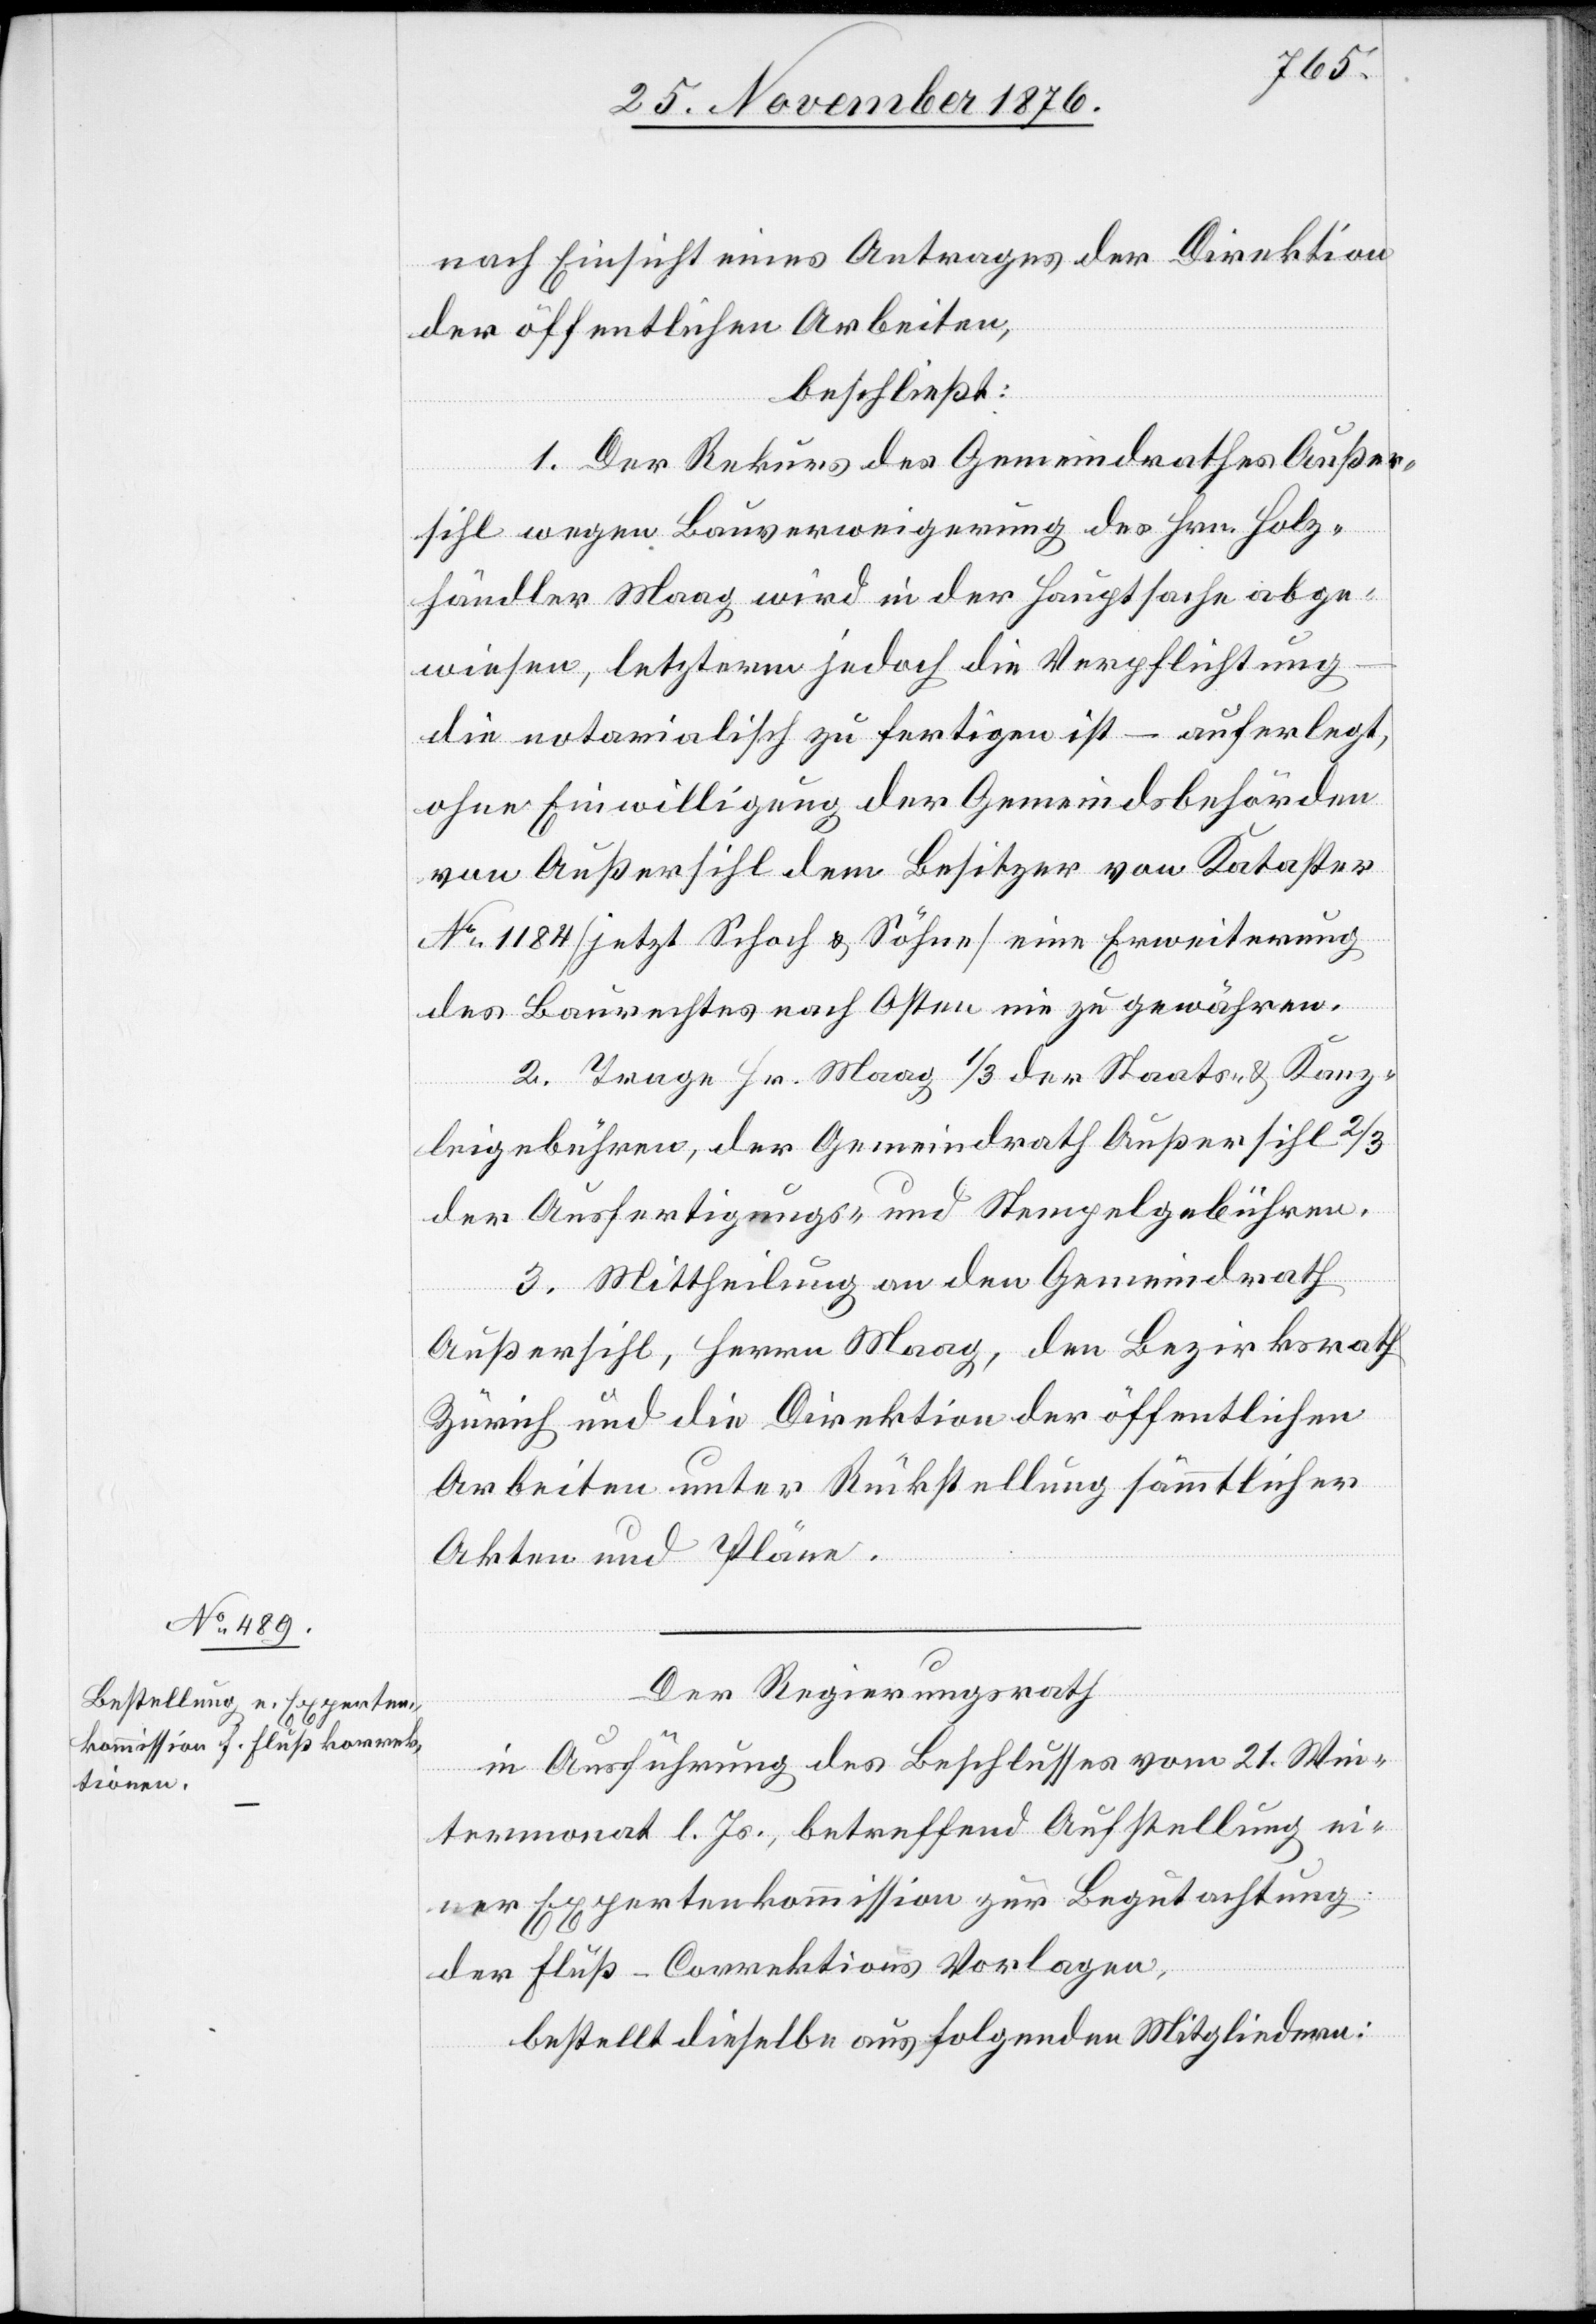
nach Einsicht eines Antrages der Direktion
der öffentlichen Arbeiten,
beschließt:
1. Der Rekurs des Gemeindrathes Außer¬
sihl wegen Bauverweigerung des Hrn. Holz¬
händler Maag wird in der Hauptsache abge¬
wiesen, letzterm jedoch die Verpflichtung
die notarialisch zu fertigen ist – auferlegt,
ohne Einwilligung der Gemeindsbehörden
von Außersihl dem Besitzer von Kataster
No 1184 [jetzt Schoch & Söhne] eine Erweiterung
des Baurechtes nach Osten nie zu gewähren.
2. Trage Hr. Maag 1/3 der Staats- & Kanz¬
leigebühren, der Gemeindrath Außersihl 2/3
der Ausfertigungs- und Stempelgebühren.
3. Mittheilung an den Gemeindrath
Außersihl, Herrn Maag, den Bezirksrath
Zürich und die Direktion der öffentlichen
Arbeiten unter Rückstellung sämmtlicher
Akten und Pläne.
Der Regierungsrath
in Ausführung des Beschlusses vom 21. Win¬
termonat l. Js., betreffend Aufstellung ei¬
ner Expertenkommission zur Begutachtung
der Fluß-Correktions Vorlagen,
bestellt dieselbe aus folgenden Mitgliedern: